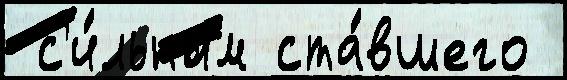
 с'и́льным ста́вшего